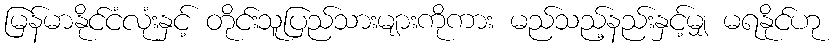
မြန်မာနိုင်ငံလုံးနှင့် တိုင်းသူပြည်သားများကိုကား မည်သည့်နည်းနှင့်မျှ မရနိုင်ဟု